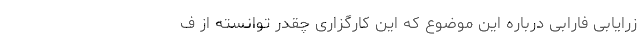
زرایابی فارابی درباره این موضوع که این کارگزاری چقدر توانسته از ف